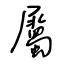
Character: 屬